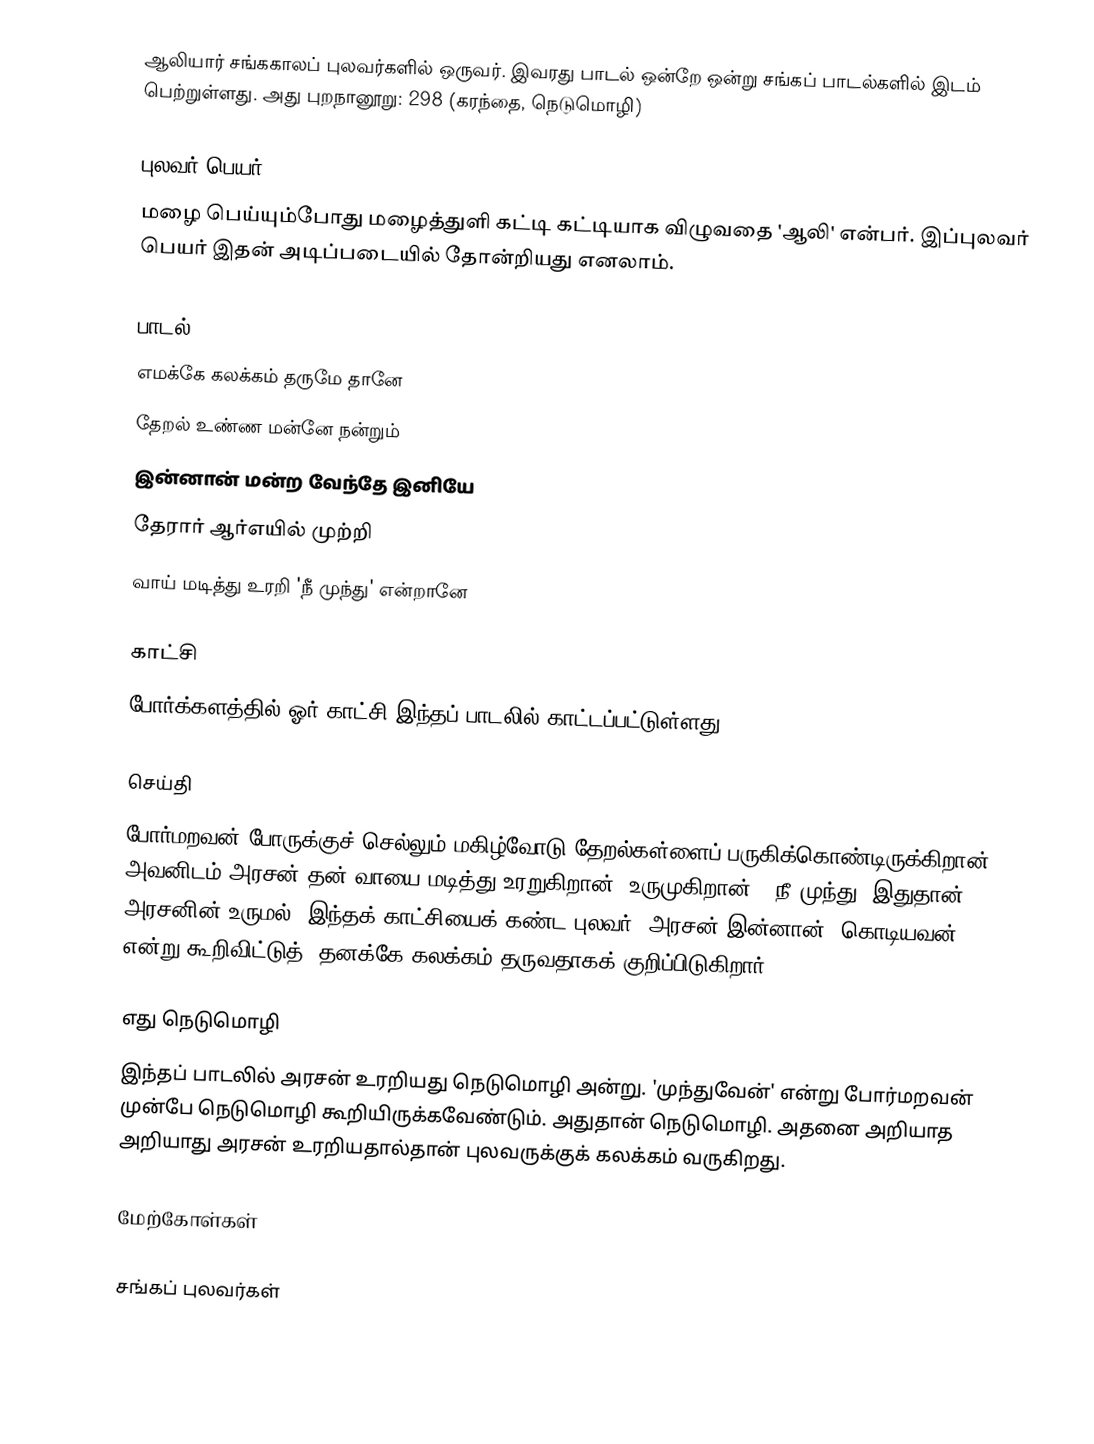
ஆலியார் சங்ககாலப் புலவர்களில் ஒருவர். இவரது பாடல் ஒன்றே ஒன்று சங்கப் பாடல்களில் இடம் பெற்றுள்ளது. அது புறநானூறு: 298 (கரந்தை, நெடுமொழி)

புலவர் பெயர்
மழை பெய்யும்போது மழைத்துளி கட்டி கட்டியாக விழுவதை 'ஆலி' என்பர். இப்புலவர் பெயர் இதன் அடிப்படையில் தோன்றியது எனலாம்.

பாடல்
எமக்கே கலக்கம் தருமே தானே
தேறல் உண்ண மன்னே நன்றும்
இன்னான் மன்ற வேந்தே இனியே
தேரார் ஆர்எயில் முற்றி
வாய் மடித்து உரறி 'நீ முந்து' என்றானே

காட்சி
போர்க்களத்தில் ஓர் காட்சி இந்தப் பாடலில் காட்டப்பட்டுள்ளது.

செய்தி
போர்மறவன் போருக்குச் செல்லும் மகிழ்வோடு தேறல்கள்ளைப் பருகிக்கொண்டிருக்கிறான். அவனிடம் அரசன் தன் வாயை மடித்து உரறுகிறான்(=உருமுகிறான்) 'நீ முந்து' இதுதான் அரசனின் உருமல். இந்தக் காட்சியைக் கண்ட புலவர் 'அரசன் இன்னான்(=கொடியவன்)' என்று கூறிவிட்டுத், தனக்கே கலக்கம் தருவதாகக் குறிப்பிடுகிறார்.

எது நெடுமொழி
இந்தப் பாடலில் அரசன் உரறியது நெடுமொழி அன்று. 'முந்துவேன்' என்று போர்மறவன் முன்பே நெடுமொழி கூறியிருக்கவேண்டும். அதுதான் நெடுமொழி. அதனை அறியாத அறியாது அரசன் உரறியதால்தான் புலவருக்குக் கலக்கம் வருகிறது.

மேற்கோள்கள்

சங்கப் புலவர்கள்